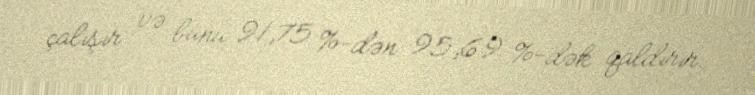
çalışır və bunu 91,75 %-dən 95,69 %-dək qaldırır.